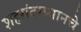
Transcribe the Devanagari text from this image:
शहरांदरम्यानचे